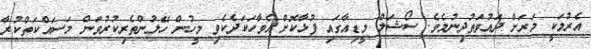
އެރުމަކީ މަރަށް ދައުވަތުދިނުމެވެ. ސޯޝަލް މީޑިއާގައި ފުޅާކޮށް އެވާހަކަދެކެވި މީހުން ހޭލުންތެރިކުރުވަން މަސައްކަތްކުރާ